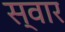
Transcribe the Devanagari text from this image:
स्‍वार